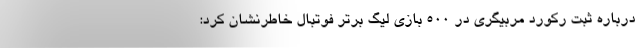
درباره ثبت رکورد مربیگری در 500 بازی لیگ برتر فوتبال خاطرنشان کرد: